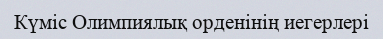
Күміс Олимпиялық орденінің иегерлері